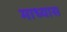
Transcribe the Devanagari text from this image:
माध्यास